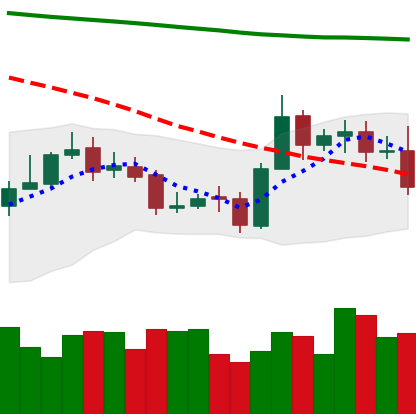
Ticker: ETC-USD
Chart end date: 2020-10-28
Forward return: -6.112%
Label: down_5_7